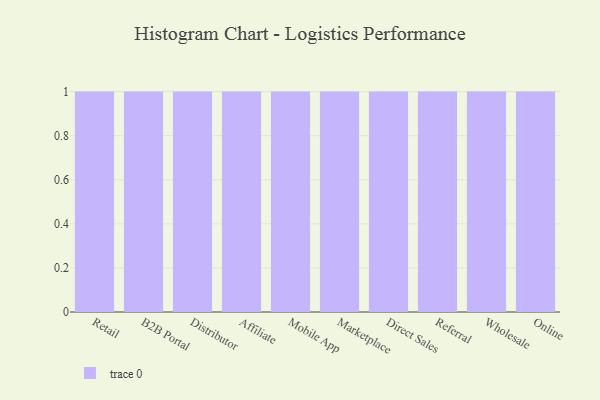
{"axis": {"x": "Channel", "y": "Shipments"}, "legend": [""], "data": [{"x": "Retail", "y": 36, "type": ""}, {"x": "B2B Portal", "y": 37, "type": ""}, {"x": "Distributor", "y": 8, "type": ""}, {"x": "Affiliate", "y": 74, "type": ""}, {"x": "Mobile App", "y": 45, "type": ""}, {"x": "Marketplace", "y": 52, "type": ""}, {"x": "Direct Sales", "y": 22, "type": ""}, {"x": "Referral", "y": 26, "type": ""}, {"x": "Wholesale", "y": 88, "type": ""}, {"x": "Online", "y": 43, "type": ""}]}